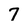
Character: 7